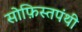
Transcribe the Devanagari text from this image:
सोफ़िस्तपंथी